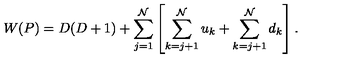
W ( P ) = D ( D + 1 ) + \sum _ { j = 1 } ^ { \cal N } \left[ \sum _ { k = j + 1 } ^ { \cal N } u _ { k } + \sum _ { k = j + 1 } ^ { \cal N } d _ { k } \right] .